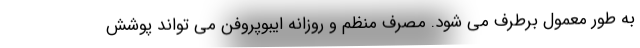
به طور معمول برطرف می شود. مصرف منظم و روزانه ایبوپروفن می تواند پوشش